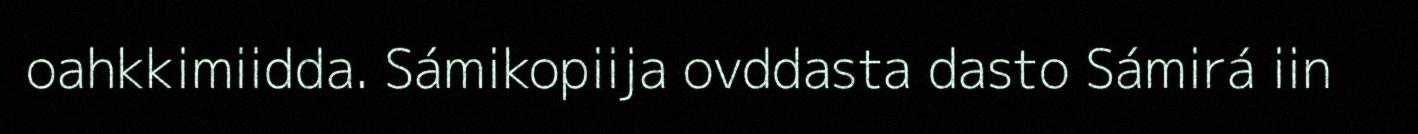
oahkkimiidda. Sámikopiija ovddasta dasto Sámirá iin